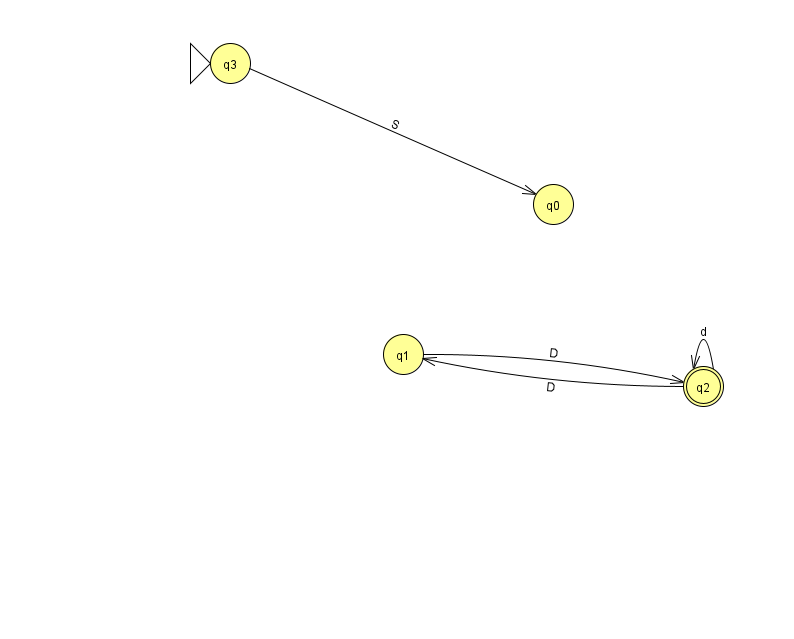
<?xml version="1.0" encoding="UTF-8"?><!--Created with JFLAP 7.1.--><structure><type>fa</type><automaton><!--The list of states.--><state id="0" name="q0"><x>553.0</x><y>191.0</y></state><state id="1" name="q1"><x>403.0</x><y>341.0</y></state><state id="2" name="q2"><x>703.0</x><y>373.0</y><final/></state><state id="3" name="q3"><x>230.0</x><y>50.0</y><initial/></state><!--The list of transitions.--><transition><from>1</from><to>2</to><read>D</read></transition><transition><from>2</from><to>1</to><read>D</read></transition><transition><from>2</from><to>2</to><read>d</read></transition><transition><from>3</from><to>0</to><read>S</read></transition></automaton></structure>